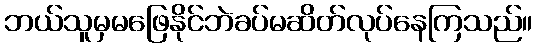
ဘယ်သူမှမဖြေနိုင်ဘဲခပ်မဆိတ်လုပ်နေကြသည်။